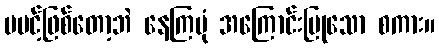
မပင့်ဖြစ်တော့ဘဲ နေကြပုံ အကြောင်းပြုသော စကား။